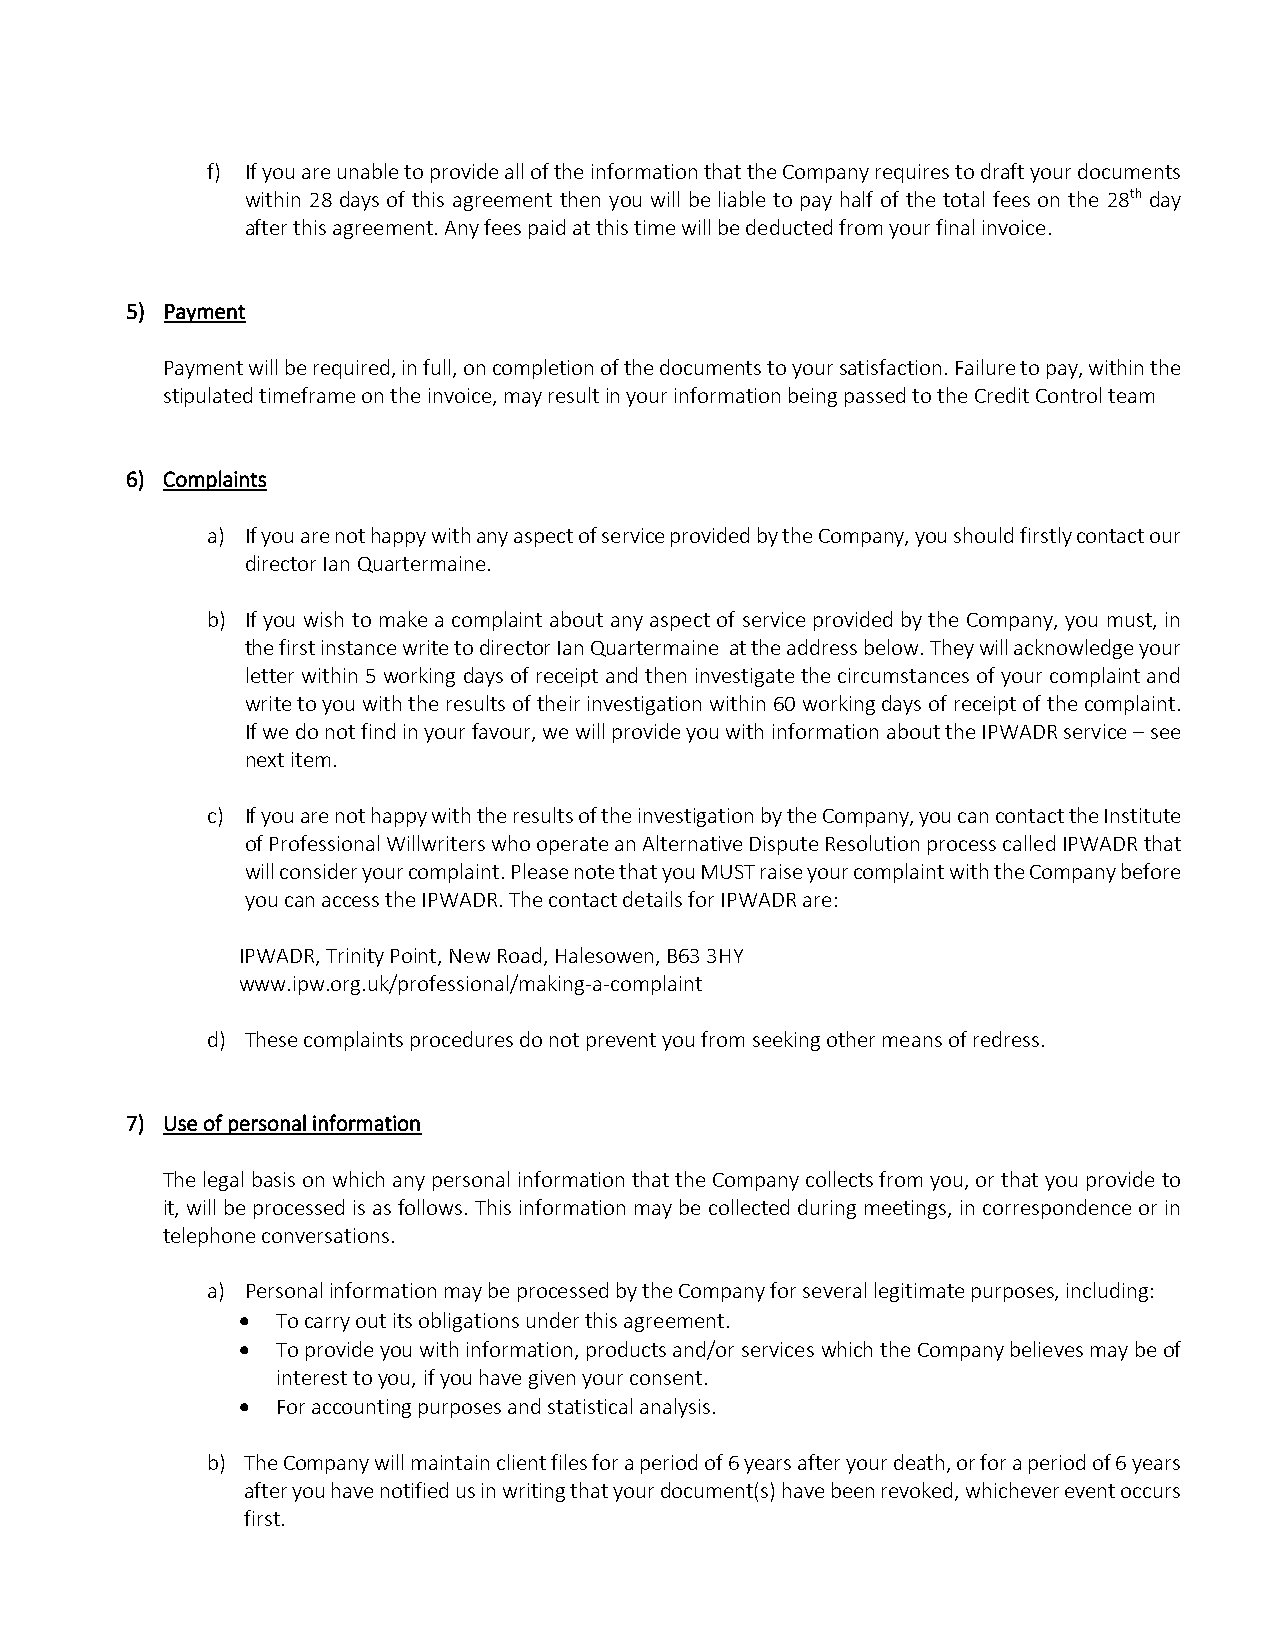
f) If you are unable to provide all of the information that the Company requires to draft your documents
 within 28 days of this agreement then you will be liable to pay half of the total fees on the 28th day
 after this agreement. Any fees paid at this time will be deducted from your final invoice.
 5) Payment
 Payment will be required, in full, on completion of the documents to your satisfaction. Failure to pay, within the
 stipulated timeframe on the invoice, may result in your information being passed to the Credit Control team
 6) Complaints
 a) If you are not happy with any aspect of service provided by the Company, you should firstly contact our
 director Ian Quartermaine.
 b) If you wish to make a complaint about any aspect of service provided by the Company, you must, in
 the first instance write to director Ian Quartermaine at the address below. They will acknowledge your
 letter within 5 working days of receipt and then investigate the circumstances of your complaint and
 write to you with the results of their investigation within 60 working days of receipt of the complaint.
 If we do not find in your favour, we will provide you with information about the IPWADR service – see
 next item.
 c) If you are not happy with the results of the investigation by the Company, you can contact the Institute
 of Professional Willwriters who operate an Alternative Dispute Resolution process called IPWADR that
 will consider your complaint. Please note that you MUST raise your complaint with the Company before
 you can access the IPWADR. The contact details for IPWADR are:
 IPWADR, Trinity Point, New Road, Halesowen, B63 3HY
 www.ipw.org.uk/professional/making-a-complaint
 d) These complaints procedures do not prevent you from seeking other means of redress.
 7) Use of personal information
 The legal basis on which any personal information that the Company collects from you, or that you provide to
 it, will be processed is as follows. This information may be collected during meetings, in correspondence or in
 telephone conversations.
 a) Personal information may be processed by the Company for several legitimate purposes, including:
 • To carry out its obligations under this agreement.
 • To provide you with information, products and/or services which the Company believes may be of
 interest to you, if you have given your consent.
 • For accounting purposes and statistical analysis.
 b) The Company will maintain client files for a period of 6 years after your death, or for a period of 6 years
 after you have notified us in writing that your document(s) have been revoked, whichever event occurs
 first.